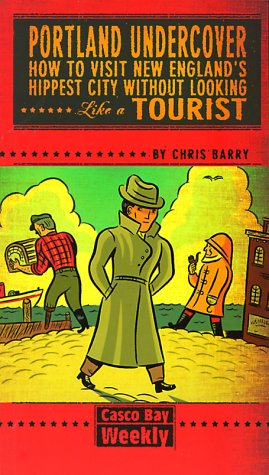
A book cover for Portland Undercover : How to Visit New England's Hippest City Without Looking Like A Tourist; Chris Barry; Travel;